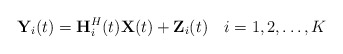
\begin{align*} \textbf{{Y}}_i(t)=\textbf{{H}}_i^H(t)\textbf{{X}}(t)+\textbf{{Z}}_i(t)\ \ \ i=1,2,\ldots,K\end{align*}